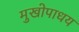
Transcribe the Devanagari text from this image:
मुखोपाधय